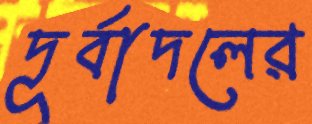
দূর্বাদলের